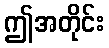
ဤအတိုင်း